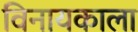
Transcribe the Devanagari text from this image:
विनायकाला